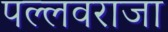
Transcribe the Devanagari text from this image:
पल्लवराजा